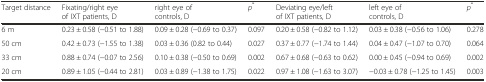
<table><thead><tr><td><b>Target distance</b></td><td><b>Fixating/right eye of IXT patients, D</b></td><td><b>right eye of controls, D</b></td><td><b><i>p</i><sup>*</sup></b></td><td><b>Deviating eye/left of IXT patients, D</b></td><td><b>left eye of controls, D</b></td><td><b><i>p</i><sup>*</sup></b></td></tr></thead><tbody><tr><td>6 m</td><td>0.23 ± 0.58 (−0.51 to 1.88)</td><td>0.09 ± 0.28 (−0.69 to 0.37)</td><td>0.097</td><td>0.20 ± 0.58 (−0.82 to 1.12)</td><td>0.03 ± 0.38 (−0.56 to 1.06)</td><td>0.278</td></tr><tr><td>50 cm</td><td>0.42 ± 0.73 (−1.55 to 1.38)</td><td>0.03 ± 0.36 (0.82 to 0.44)</td><td>0.027</td><td>0.37 ± 0.77 (−1.74 to 1.44)</td><td>0.04 ± 0.47 (−1.07 to 0.70)</td><td>0.064</td></tr><tr><td>33 cm</td><td>0.88 ± 0.74 (−0.07 to 2.56)</td><td>0.10 ± 0.38 (−0.50 to 0.69)</td><td>0.002</td><td>0.67 ± 0.68 (−0.63 to 0.62)</td><td>0.00 ± 0.45 (−0.94 to 0.69)</td><td>0.002</td></tr><tr><td>20 cm</td><td>0.89 ± 1.05 (−0.44 to 2.81)</td><td>0.03 ± 0.89 (−1.38 to 1.75)</td><td>0.022</td><td>0.97 ± 1.08 (−1.63 to 3.07)</td><td>−0.03 ± 0.78 (−1.25 to 1.45)</td><td>0.003</td></tr></tbody></table>